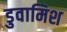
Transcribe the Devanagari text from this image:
डुवामिश